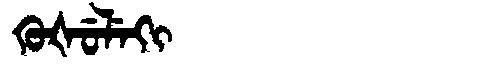
Manchu: ᡴᡠᡧᡠᠯᡝᡴᡳ
Romanization: KUŠULEKI